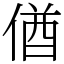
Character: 偤